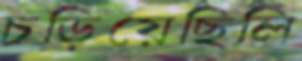
চড়িয়েছিলি